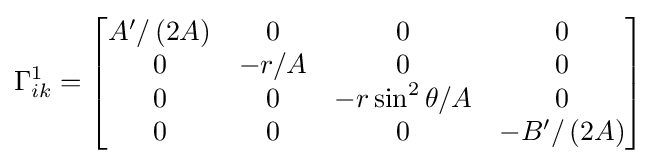
\Gamma _{ik}^{1}={\begin{bmatrix}A'/\left(2A\right)&0&0&0\\0&-r/A&0&0\\0&0&-r\sin ^{2}\theta /A&0\\0&0&0&-B'/\left(2A\right)\end{bmatrix}}